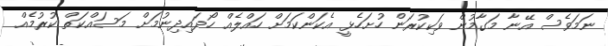
ނަމަވެސް އޭނާ މަގާމުން ވަކިކުރަން ހުށަހެޅީ އެކަންކަމަށް ހައްލެއް ހޯދައިދިނުމަށް މަސައްކަތް ކުރުމެެއް